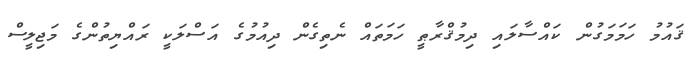
ޤައުމު ހަމަމަގުން ކައްސާލައި ދިމުޤްރާޠީ ހަމަތައް ނެތިގެން ދިއުމުގެ އަސްލަކީ ރައްޔިތުންގެ މަޖިލީސް